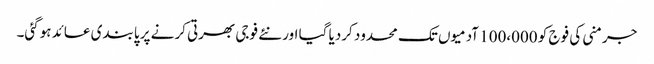
جرمنی کی فوج کو 100،000 آدمیوں تک محدود کردیا گیا اور نئے فوجی بھرتی کرنے پر پابندی عائد ہوگئی۔